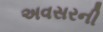
અવસરની